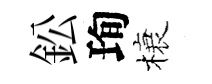
鈆珣榱